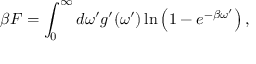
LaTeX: \beta F = \int _ { 0 } ^ { \infty } d \omega ^ { \prime } g ^ { \prime } ( \omega ^ { \prime } ) \ln \left( 1 - e ^ { - \beta \omega ^ { \prime } } \right) ,